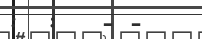
:  :   - -